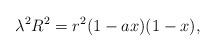
LaTeX: \begin{align*}{\lambda}^2 R^2 = r^2 ( 1 - a x ) ( 1 - x ) ,\end{align*}